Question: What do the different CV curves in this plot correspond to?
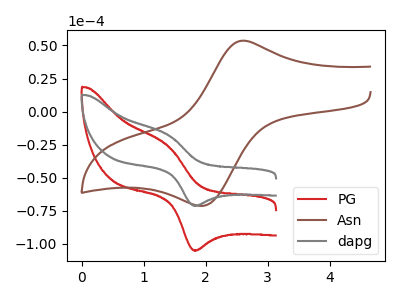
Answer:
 <answer>The red curve is labeled "PG". The brown curve is labeled "Asn". The gray curve is labeled "dapg".</answer>
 <eval></eval>